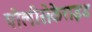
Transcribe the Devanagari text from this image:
पोलीसेकेराइड